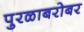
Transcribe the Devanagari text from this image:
पुरळाबरोबर